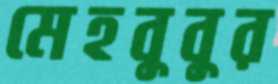
মেহবুবুর